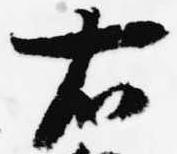
右